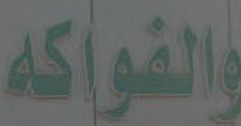
والفواكه